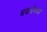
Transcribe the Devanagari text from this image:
घळईमध्ये